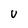
Character: U